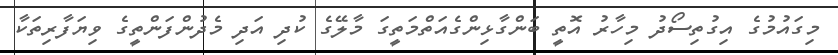
މިގައުމުގެ އިގުތިސޯދު މިހާރު އޮތީ ބަންގާޅިންގެއަތްމަތީގަ މާލޭގެ ކުދި އަދި މެދުންފަންތީގެ ވިޔަފާރިތަކާ